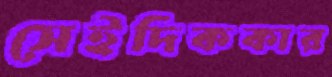
সেইদিককার